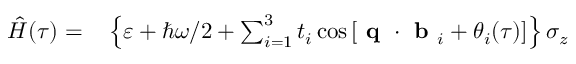
\begin{array} { r l } { \hat { H } ( \tau ) = } & { { } \left\{ \varepsilon + \hbar \omega / 2 + \sum _ { i = 1 } ^ { 3 } t _ { i } \cos \left[ \textbf { q } \cdot \textbf { b } _ { i } + \theta _ { i } ( \tau ) \right] \right\} \sigma _ { z } } \end{array}